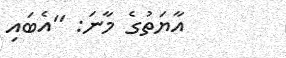
އާޔަތުގެ މާނަ: ''އެބައި